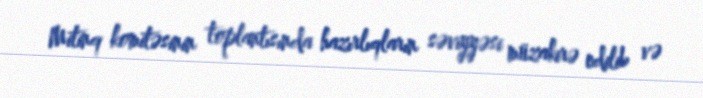
Mitinq komitəsinin toplantısında hazırlıqların səviyyəsi müzakirə edilib və